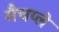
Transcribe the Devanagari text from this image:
मैचप्ले